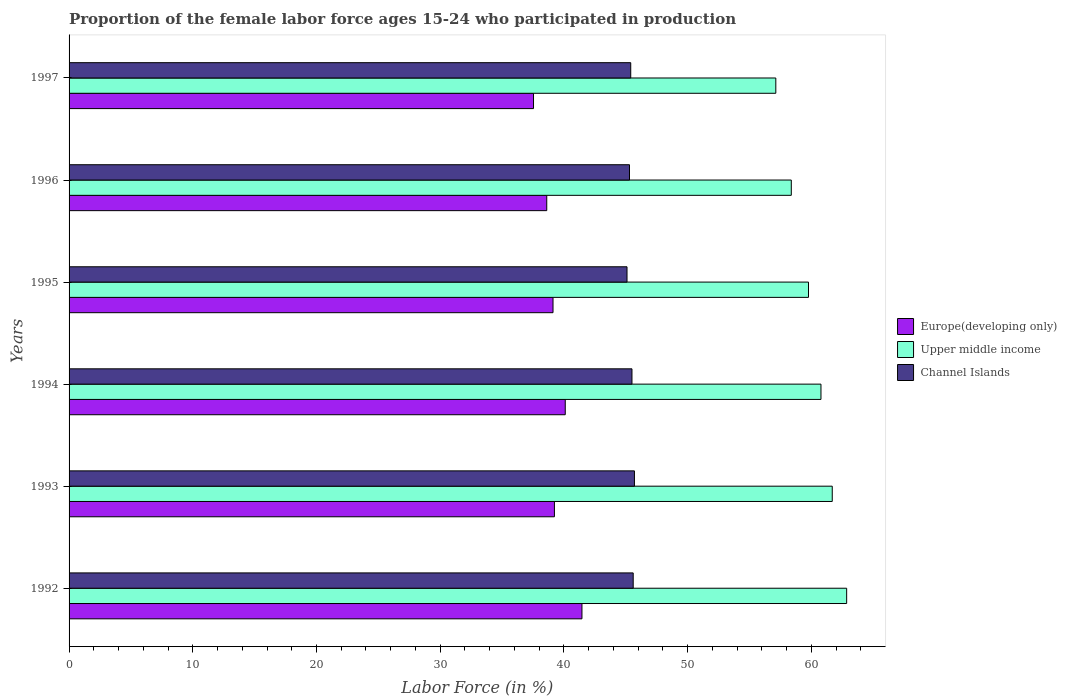
| Years | Europe(developing only) | Upper middle income | Channel Islands |
 | --- | --- | --- | --- |
 | 1992 | 41.5 | 62.9 | 45.6 |
 | 1993 | 39.2 | 61.7 | 45.7 |
 | 1994 | 40.1 | 60.8 | 45.5 |
 | 1995 | 39.1 | 59.8 | 45.1 |
 | 1996 | 38.6 | 58.4 | 45.3 |
 | 1997 | 37.5 | 57.1 | 45.4 |